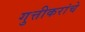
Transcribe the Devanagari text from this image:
गुत्तीकरांचे